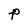
Character: P